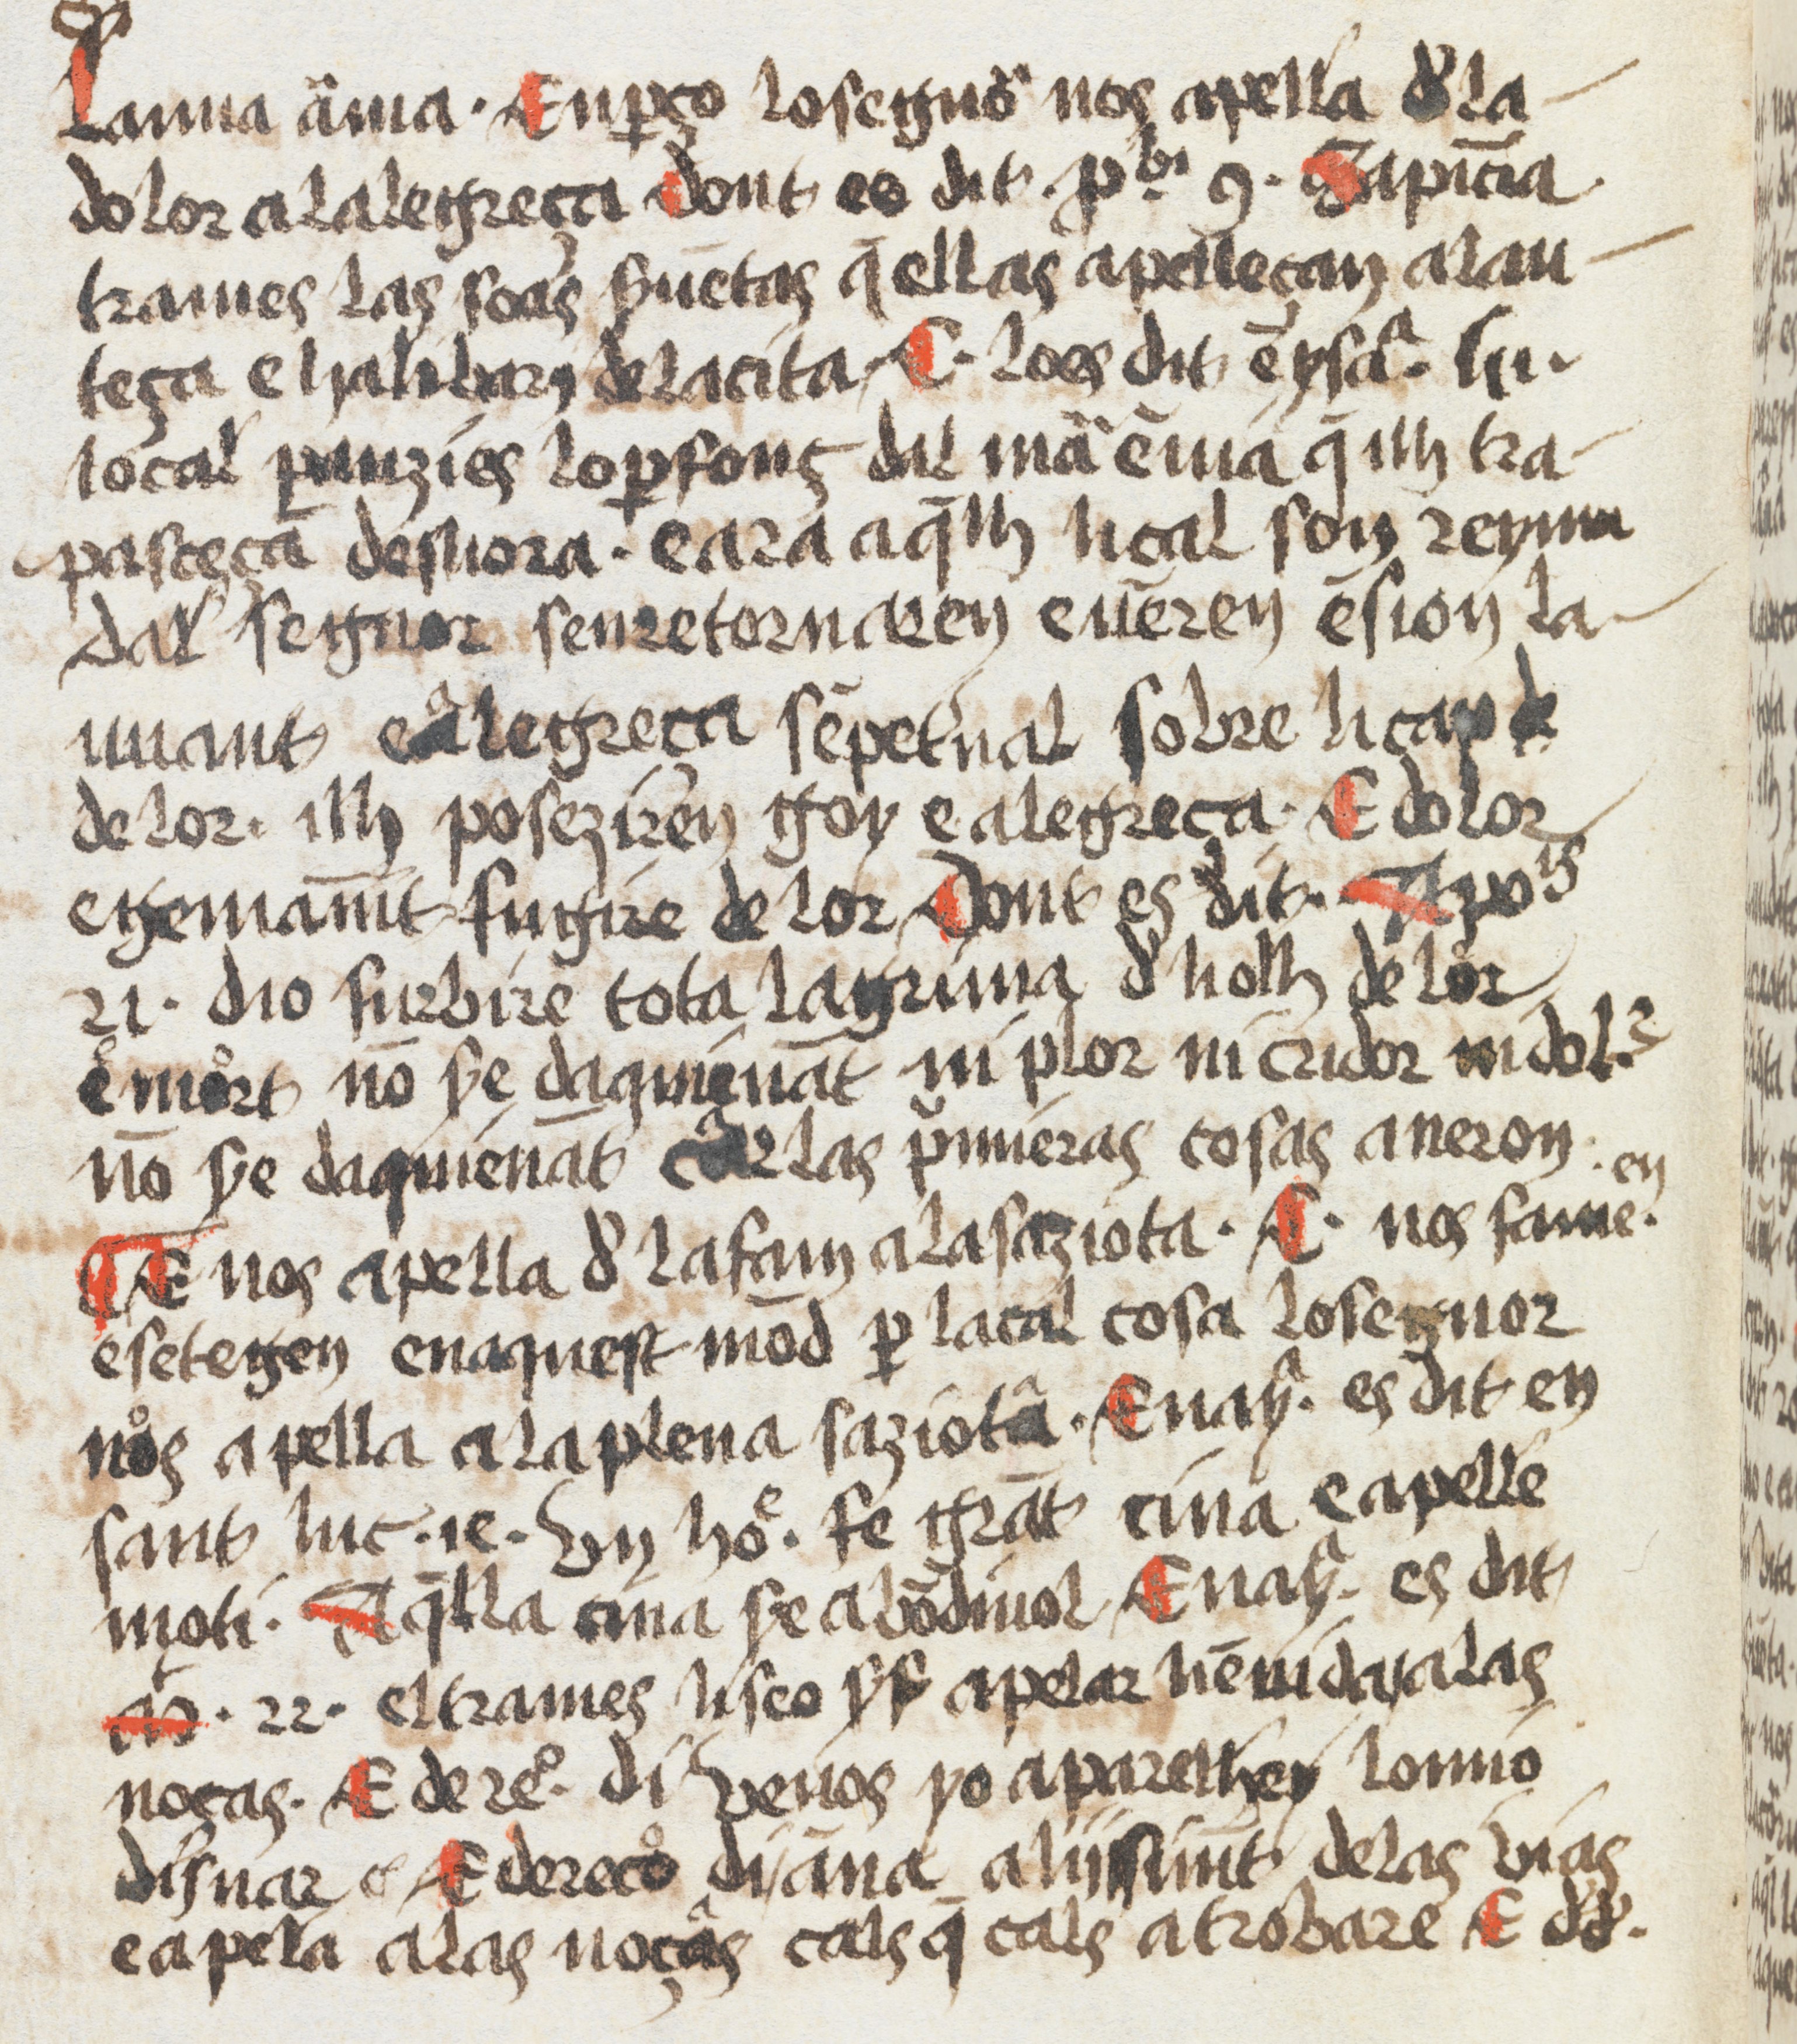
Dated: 1500–1599